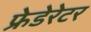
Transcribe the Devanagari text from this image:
फ्रेडेरेटर